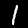
Label: 1